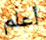
أعلم